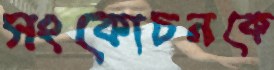
সংকোচনকে